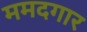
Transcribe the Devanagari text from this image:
ममदगार